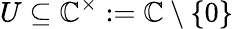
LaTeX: U\subseteq\mathbb{C}^{\times}:=\mathbb{C}\setminus\{ 0\}